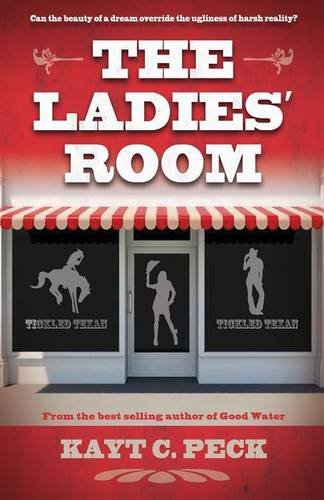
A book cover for The Ladies' Room; Kayt Peck; Romance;